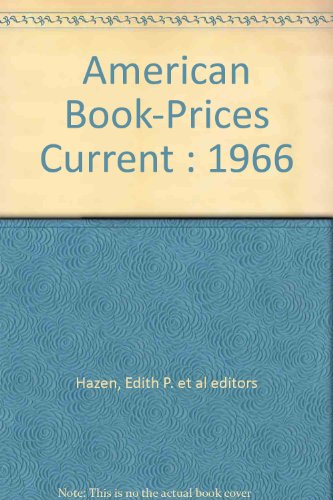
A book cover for American Book-Prices Current : 1966; Edith P., Editor Hazen; Crafts, Hobbies & Home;